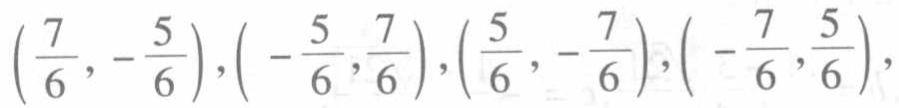
$\left(\frac{7}{6},-\frac{5}{6}\right),\left(-\frac{5}{6},\frac{7}{6}\right),\left(\frac{5}{6},-\frac{7}{6}\right),\left(-\frac{7}{6},\frac{5}{6}\right),$